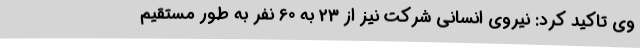
وی تاکید کرد: نیروی انسانی شرکت نیز از 23 به 60 نفر به طور مستقیم